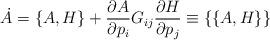
LaTeX: \begin{align*}\dot A=\{A,H\}+{\partial A\over\partial p_i}G_{ij}{\partial H\over\partial p_j}\equiv\{\{A,H\}\}\end{align*}